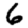
Digit: 6